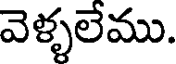
వెళ్ళలేము.